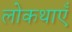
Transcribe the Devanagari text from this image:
लोकथाएँ